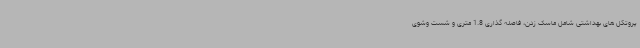
پروتکل های بهداشتی شامل ماسک زدن، فاصله گذاری 1.8 متری و شست وشوی